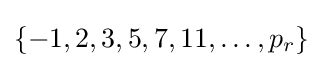
\{-1,2,3,5,7,11,\ldots ,p_{r}\}